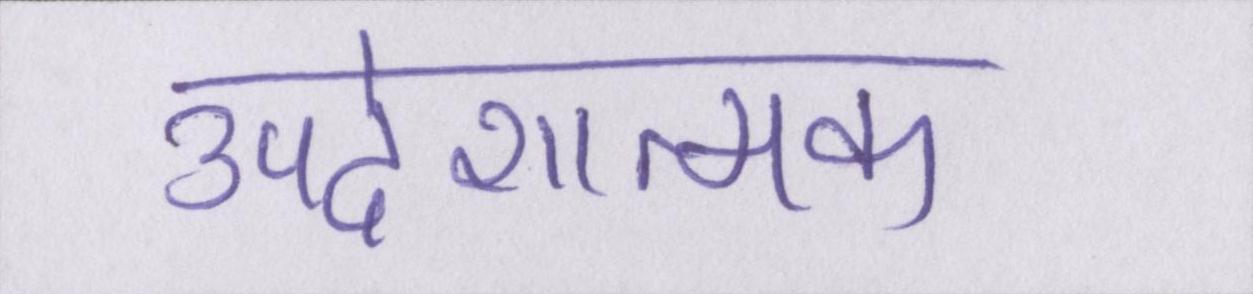
उपदेशात्मक